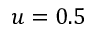
u = 0 . 5